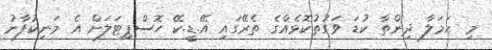
މި ޙަމަލާ ދިންތާ ކުޑަ ވަގުތުކޮޅެއްގެ ތެރޭގައި އޭ.ޑީ.ކޭ ހޮސްޕިޓަލަށް އެ މަނިކުފާނު